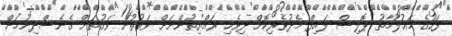
ފަހުގެ މަޢުލޫމާތު ޕޮލިސް ލައިފް މެދުވެރިކޮށް ދިވެހި ރައްޔިތުންނަށް ވަގުތުން ވަގުތަށް ގެނެސްދިނުމަށް